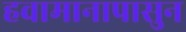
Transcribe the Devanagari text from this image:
हवामानापासुन